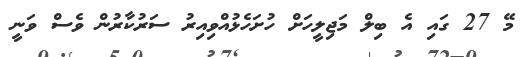
މޭ 27 ގައި އެ ބިލް މަޖިލީހަށް ހުށަހެޅުއްވިއިރު ސަރުކާރުން ވެސް ވަނީ